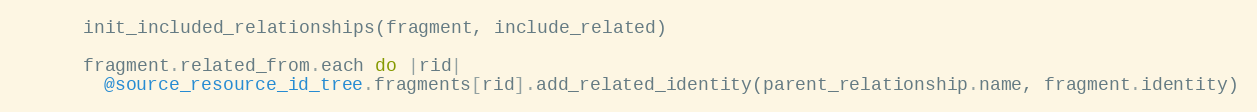
Language: Ruby
      init_included_relationships(fragment, include_related)

      fragment.related_from.each do |rid|
        @source_resource_id_tree.fragments[rid].add_related_identity(parent_relationship.name, fragment.identity)